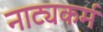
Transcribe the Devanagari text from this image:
नाट्यकर्म